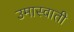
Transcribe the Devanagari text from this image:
उमास्वाती